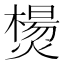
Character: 𰟣